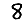
Digit: 8